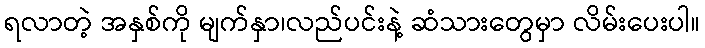
ရလာတဲ့ အနှစ်ကို မျက်နှာ၊လည်ပင်းနဲ့ ဆံသားတွေမှာ လိမ်းပေးပါ။